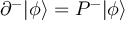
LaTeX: \partial ^ { - } | \phi \rangle = P ^ { - } | \phi \rangle